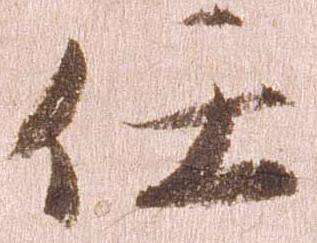
任